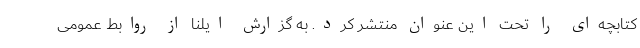
کتابچه‌ای را تحت این عنوان منتشر کرد. به گزارش ایلنا از روابط عمومی